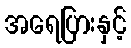
အရေပြားနှင့်